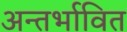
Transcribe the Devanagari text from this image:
अन्तर्भावित